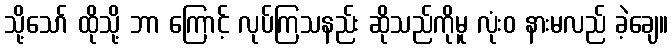
သို့သော် ထိုသို့ ဘာ ကြောင့် လုပ်ကြသနည်း ဆိုသည်ကိုမူ လုံးဝ နားမလည် ခဲ့ချေ။